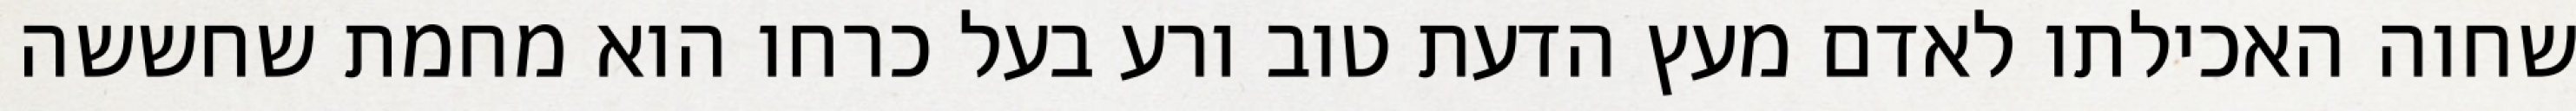
שחוה האכילתו לאדם מעץ הדעת טוב ורע בעל כרחו הוא מחמת שחששה